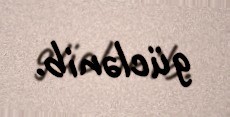
güclənib.